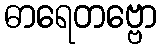
ဓာရေတဗ္ဗော